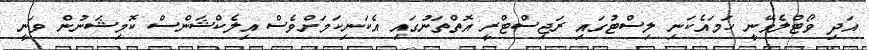
އަދި ވޯޓްލެވޭނީ ހަމައެކަނި ލިސްޓުގައި ރަޖިސްޓްރީ އޮތްތަނުގައި އެކަނިކަމަށްވެސް އިލެކްޝަންސް ކޮމިޝަނުން ވަނީ